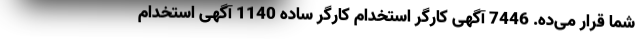
شما قرار می‌ده. 7446 آگهی کارگر استخدام کارگر ساده 1140 آگهی استخدام